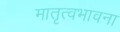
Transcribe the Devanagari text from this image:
मातृत्वभावना